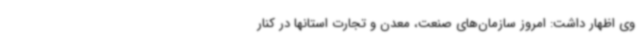
وی اظهار داشت: امروز سازمان‌های صنعت، معدن و تجارت استانها در کنار